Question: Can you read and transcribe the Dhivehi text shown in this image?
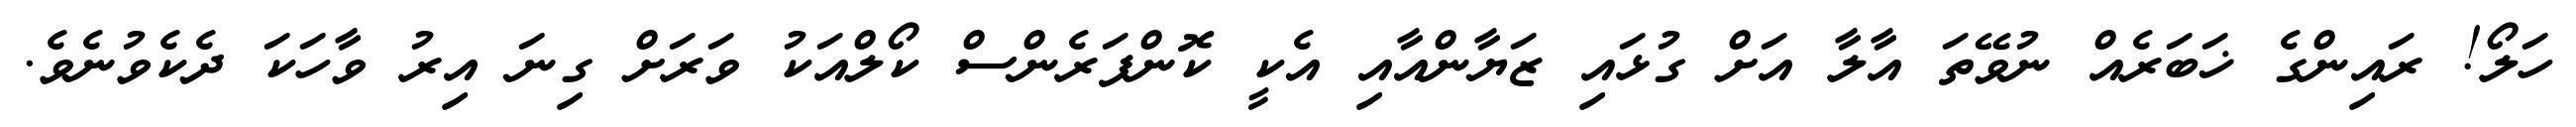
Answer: ހަލޯ! ރައިންގެ ޚަބަރެއް ނުވޭތަ އާލާ އަށް ގުޅައި ޒަޔާންއާއި އެކީ ކޮންފަރެންސް ކޯލްއަކު ވަރަށް ގިނަ އިރު ވާހަކަ ދެކެވުނެވެ.